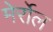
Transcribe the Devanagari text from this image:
मेर्रोल